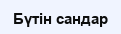
Бүтін сандар